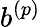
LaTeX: b^{(p)}